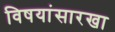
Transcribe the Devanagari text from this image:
विषयांसारखा